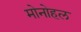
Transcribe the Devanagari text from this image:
मोनोहल